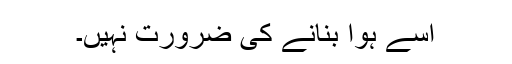
اسے ہوّا بنانے کی ضرورت نہیں۔